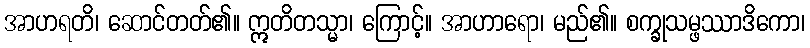
အာဟရတိ၊ ဆောင်တတ်၏။ ဣတိတသ္မာ၊ ကြောင့်။ အာဟာရော၊ မည်၏။ စက္ခုသမ္ဖဿာဒိကော၊